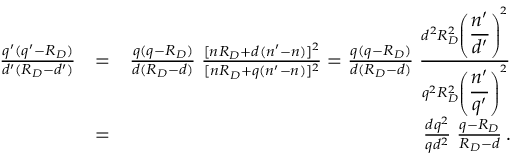
\begin{array} { r l r } { { \frac { q ^ { \prime } ( q ^ { \prime } - R _ { D } ) } { d ^ { \prime } ( R _ { D } - d ^ { \prime } ) } } } & { = } & { { \frac { q ( q - R _ { D } ) } { d ( R _ { D } - d ) } } \; { \frac { [ n R _ { D } + d ( n ^ { \prime } - n ) ] ^ { 2 } } { [ n R _ { D } + q ( n ^ { \prime } - n ) ] ^ { 2 } } } = { \frac { q ( q - R _ { D } ) } { d ( R _ { D } - d ) } } \; { \frac { d ^ { 2 } R _ { D } ^ { 2 } \left( \displaystyle { \frac { n ^ { \prime } } { d ^ { \prime } } } \right) ^ { 2 } } { q ^ { 2 } R _ { D } ^ { 2 } \left( \displaystyle { \frac { n ^ { \prime } } { q ^ { \prime } } } \right) ^ { 2 } } } } \\ & { = } & { { \frac { d q ^ { 2 } } { q d ^ { 2 } } } \; { \frac { q - R _ { D } } { R _ { D } - d } } \, . } \end{array}